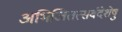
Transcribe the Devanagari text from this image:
अभिजितत्सर्वदेशेषु